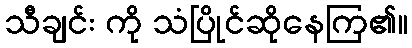
သီချင်း ကို သံပြိုင်ဆိုနေကြ၏။